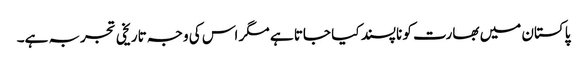
پاکستان میں بھارت کو ناپسند کیا جاتا ہے مگر اس کی وجہ تاریخی تجربہ ہے۔